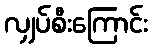
လျှပ်စီးကြောင်း